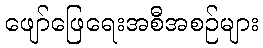
ဖျော်ဖြေရေးအစီအစဉ်များ